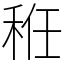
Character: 秹